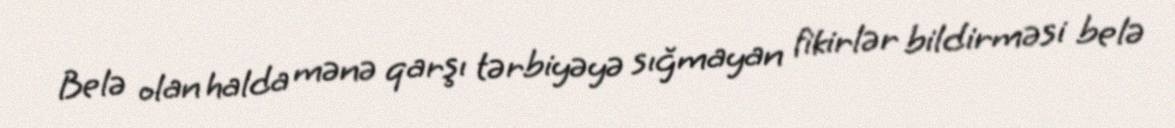
Belə olan halda mənə qarşı tərbiyəyə sığmayan fikirlər bildirməsi belə